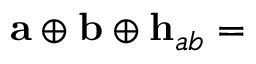
{ \bf a } \oplus { \bf b } \oplus { \bf h } _ { a b } = { \bf \Phi }